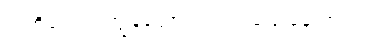
ကတိပေးပါ၊ ကျွန်တော် တကယ်ပြောနေတာပါ။